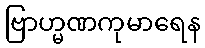
ဗြာဟ္မဏကုမာရေန